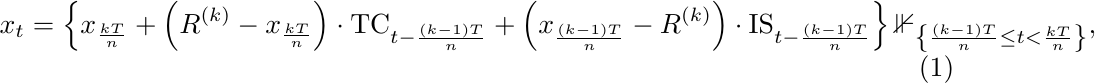
    \begin{equation} \label{eqn:opt-x-pwc}
        x_t =  \left\{ x_{\frac{kT}{n}} + \left( R^{(k)} - x_{\frac{kT}{n}} \right) \cdot {\rm TC}_{t-\frac{(k-1)T}{n}} + \left( x_{\frac{(k-1)T}{n}}-R^{(k)}\right) \cdot {\rm IS}_{t-\frac{(k-1)T}{n}}\right\} \mathbb{1}_{\left\{\frac{(k-1)T}{n} \le t < \frac{kT}{n} \right\}},
    \end{equation}